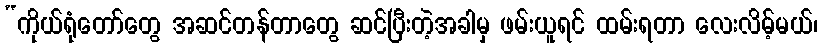
“ကိုယ်ရုံတော်တွေ အဆင်တန်တာတွေ ဆင်ပြီးတဲ့အခါမှ ဖမ်းယူရင် ထမ်းရတာ လေးလိမ့်မယ်၊